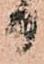
日